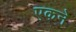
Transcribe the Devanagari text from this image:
एकने